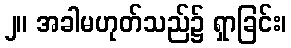
၂။ အခါမဟုတ်သည်၌ ရှာခြင်း၊